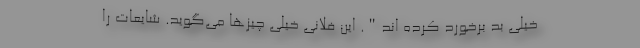
خیلی بد برخورد کرده اند". این فلانی خیلی چیزها می‌گوید. شایعات را